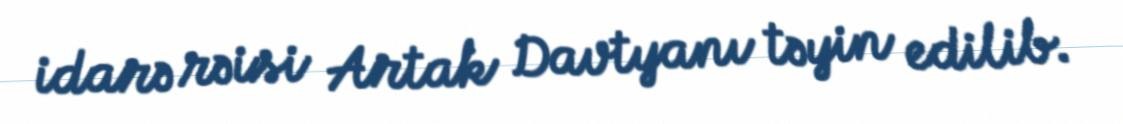
idarə rəisi Artak Davtyanı təyin edilib.